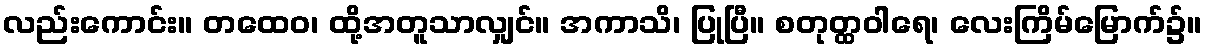
လည်းကောင်း။ တထေဝ၊ ထို့အတူသာလျှင်။ အကာသိ၊ ပြုပြီ။ စတုတ္ထဝါရေ၊ လေးကြိမ်မြောက်၌။